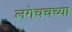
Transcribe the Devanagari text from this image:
लगेचचच्या